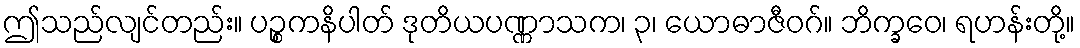
ဤသည်လျင်တည်း။ ပဉ္စကနိပါတ် ဒုတိယပဏ္ဏာသက၊ ၃၊ ယောဓာဇီဝဂ်။ ဘိက္ခဝေ၊ ရဟန်းတို့။